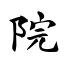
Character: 院